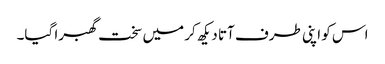
اس کو اپنی طرف آتا دیکھ کر میں سخت گھبرا گیا۔